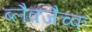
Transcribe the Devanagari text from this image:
ब्लैक्जैच्क